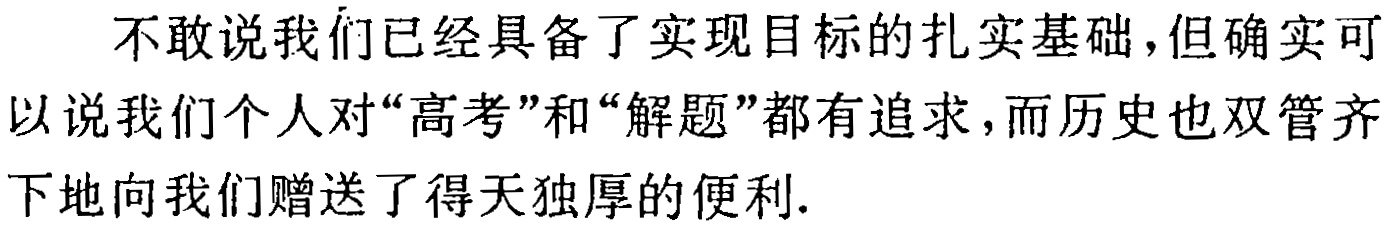
不敢说我们已经具备了实现目标的扎实基础,但确实可以说我们个人对“高考”和“解题”都有追求,而历史也双管齐下地向我们赠送了得天独厚的便利.